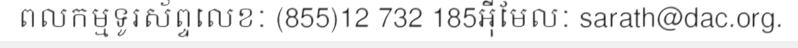
ពលកម្មទូរស័ព្ទលេខៈ (855)12 732 185អ៊ីមែលៈ sarath@dac.org.